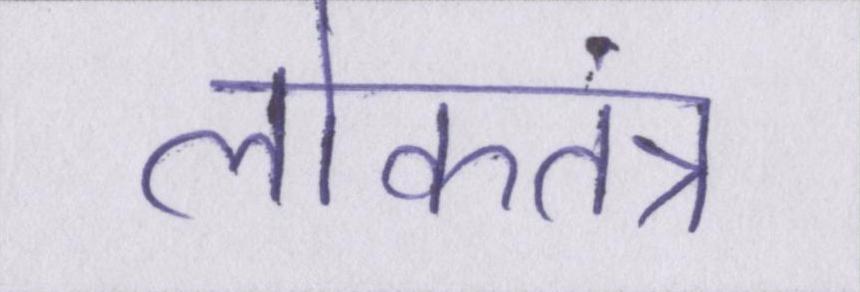
लोकतंत्र